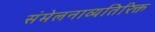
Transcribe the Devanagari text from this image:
संमेलनाव्यतिरिक्त